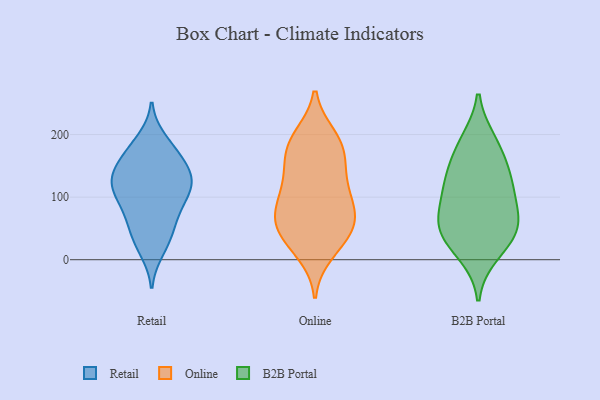
{"axis": {"x": "Customer Acquisition Cost (USD)", "y": "Value"}, "legend": ["B2B Portal", "Online", "Retail"], "data": [{"x": "", "y": 60, "type": "Retail"}, {"x": "", "y": 109, "type": "Retail"}, {"x": "", "y": 120, "type": "Retail"}, {"x": "", "y": 38, "type": "Retail"}, {"x": "", "y": 15, "type": "Retail"}, {"x": "", "y": 145, "type": "Retail"}, {"x": "", "y": 113, "type": "Retail"}, {"x": "", "y": 191, "type": "Retail"}, {"x": "", "y": 167, "type": "Retail"}, {"x": "", "y": 180, "type": "Retail"}, {"x": "", "y": 141, "type": "Retail"}, {"x": "", "y": 136, "type": "Retail"}, {"x": "", "y": 115, "type": "Retail"}, {"x": "", "y": 124, "type": "Retail"}, {"x": "", "y": 29, "type": "Retail"}, {"x": "", "y": 69, "type": "Retail"}, {"x": "", "y": 96, "type": "Retail"}, {"x": "", "y": 76, "type": "Retail"}, {"x": "", "y": 162, "type": "Retail"}, {"x": "", "y": 168, "type": "Online"}, {"x": "", "y": 136, "type": "Online"}, {"x": "", "y": 12, "type": "Online"}, {"x": "", "y": 95, "type": "Online"}, {"x": "", "y": 109, "type": "Online"}, {"x": "", "y": 196, "type": "Online"}, {"x": "", "y": 28, "type": "Online"}, {"x": "", "y": 74, "type": "Online"}, {"x": "", "y": 47, "type": "Online"}, {"x": "", "y": 185, "type": "Online"}, {"x": "", "y": 55, "type": "Online"}, {"x": "", "y": 162, "type": "Online"}, {"x": "", "y": 71, "type": "Online"}, {"x": "", "y": 41, "type": "Online"}, {"x": "", "y": 122, "type": "Online"}, {"x": "", "y": 192, "type": "Online"}, {"x": "", "y": 74, "type": "Online"}, {"x": "", "y": 57, "type": "B2B Portal"}, {"x": "", "y": 112, "type": "B2B Portal"}, {"x": "", "y": 189, "type": "B2B Portal"}, {"x": "", "y": 143, "type": "B2B Portal"}, {"x": "", "y": 10, "type": "B2B Portal"}, {"x": "", "y": 130, "type": "B2B Portal"}, {"x": "", "y": 109, "type": "B2B Portal"}, {"x": "", "y": 180, "type": "B2B Portal"}, {"x": "", "y": 31, "type": "B2B Portal"}, {"x": "", "y": 68, "type": "B2B Portal"}, {"x": "", "y": 60, "type": "B2B Portal"}, {"x": "", "y": 45, "type": "B2B Portal"}]}